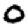
Digit: 0